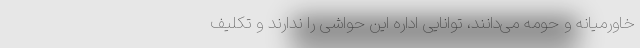
خاورمیانه و حومه می‌دانند، توانایی اداره این حواشی را ندارند و تکلیف